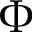
\Phi